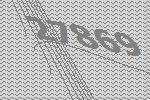
27869